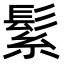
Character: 𮫅